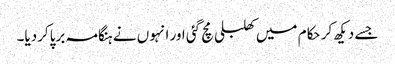
جسے دیکھ کر حکام میں کھلبلی مچ گئی اور انہوں نے ہنگامہ برپاکردیا۔